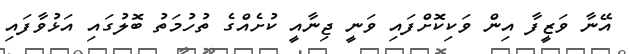
އޭނާ ވަޒީފާ އިން ވަކިކޮށްފައި ވަނީ ޖިނާއީ ކުށެއްގެ ތުހުމަތު ބޮލުގައި އަޅުވާފައި